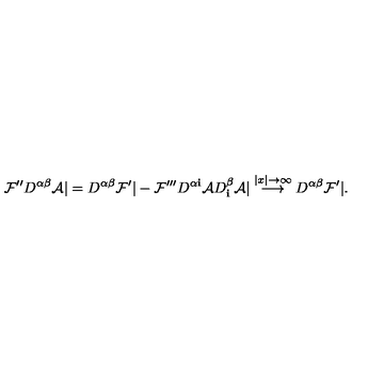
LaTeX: { \cal F } ^ { \prime \prime } D ^ { \alpha \beta } { \cal A } | = D ^ { \alpha \beta } { \cal F } ^ { \prime } | - { \cal F } ^ { \prime \prime \prime } D ^ { \alpha { \mathbf i } } { \cal A } D _ { \mathbf i } ^ { \beta } { \cal A } | \stackrel { | x | \to \infty } { \longrightarrow } D ^ { \alpha \beta } { \cal F } ^ { \prime } | .